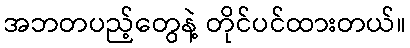
အဘတပည့်တွေနဲ့ တိုင်ပင်ထားတယ်။